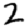
Digit: 2